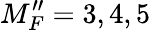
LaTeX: M_{F}^{\prime\prime}=3,4,5